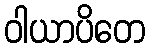
ဝါယာပိတေ